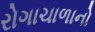
રોગાચાળાનો